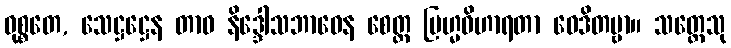
ဝုစ္စတေ, သေဋ္ဌဋ္ဌေန တာဝ နိဒ္ဒေါသဘာဝေန စေတ္ထ ဗြဟ္မဝိဟာရတာ ဝေဒိတဗ္ဗာ။ သတ္တေသု